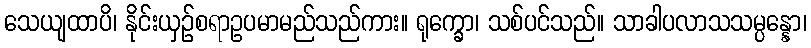
သေယျထာပိ၊ နိုင်းယှဉ်စရာဥပမာမည်သည်ကား။ ရုက္ခော၊ သစ်ပင်သည်။ သာခါပလာသသမ္ပန္နော၊